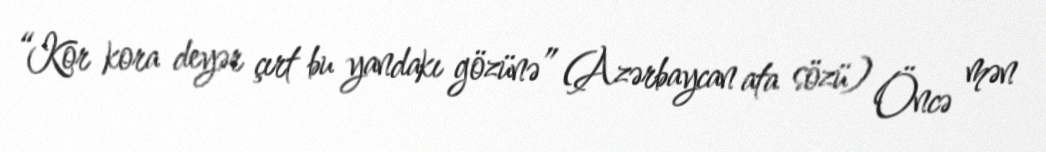
“Kor kora deyər çırt bu yandakı gözünə” (Azərbaycan ata sözü) Öncə mən